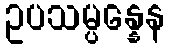
ဥပသမ္ပန္နေန